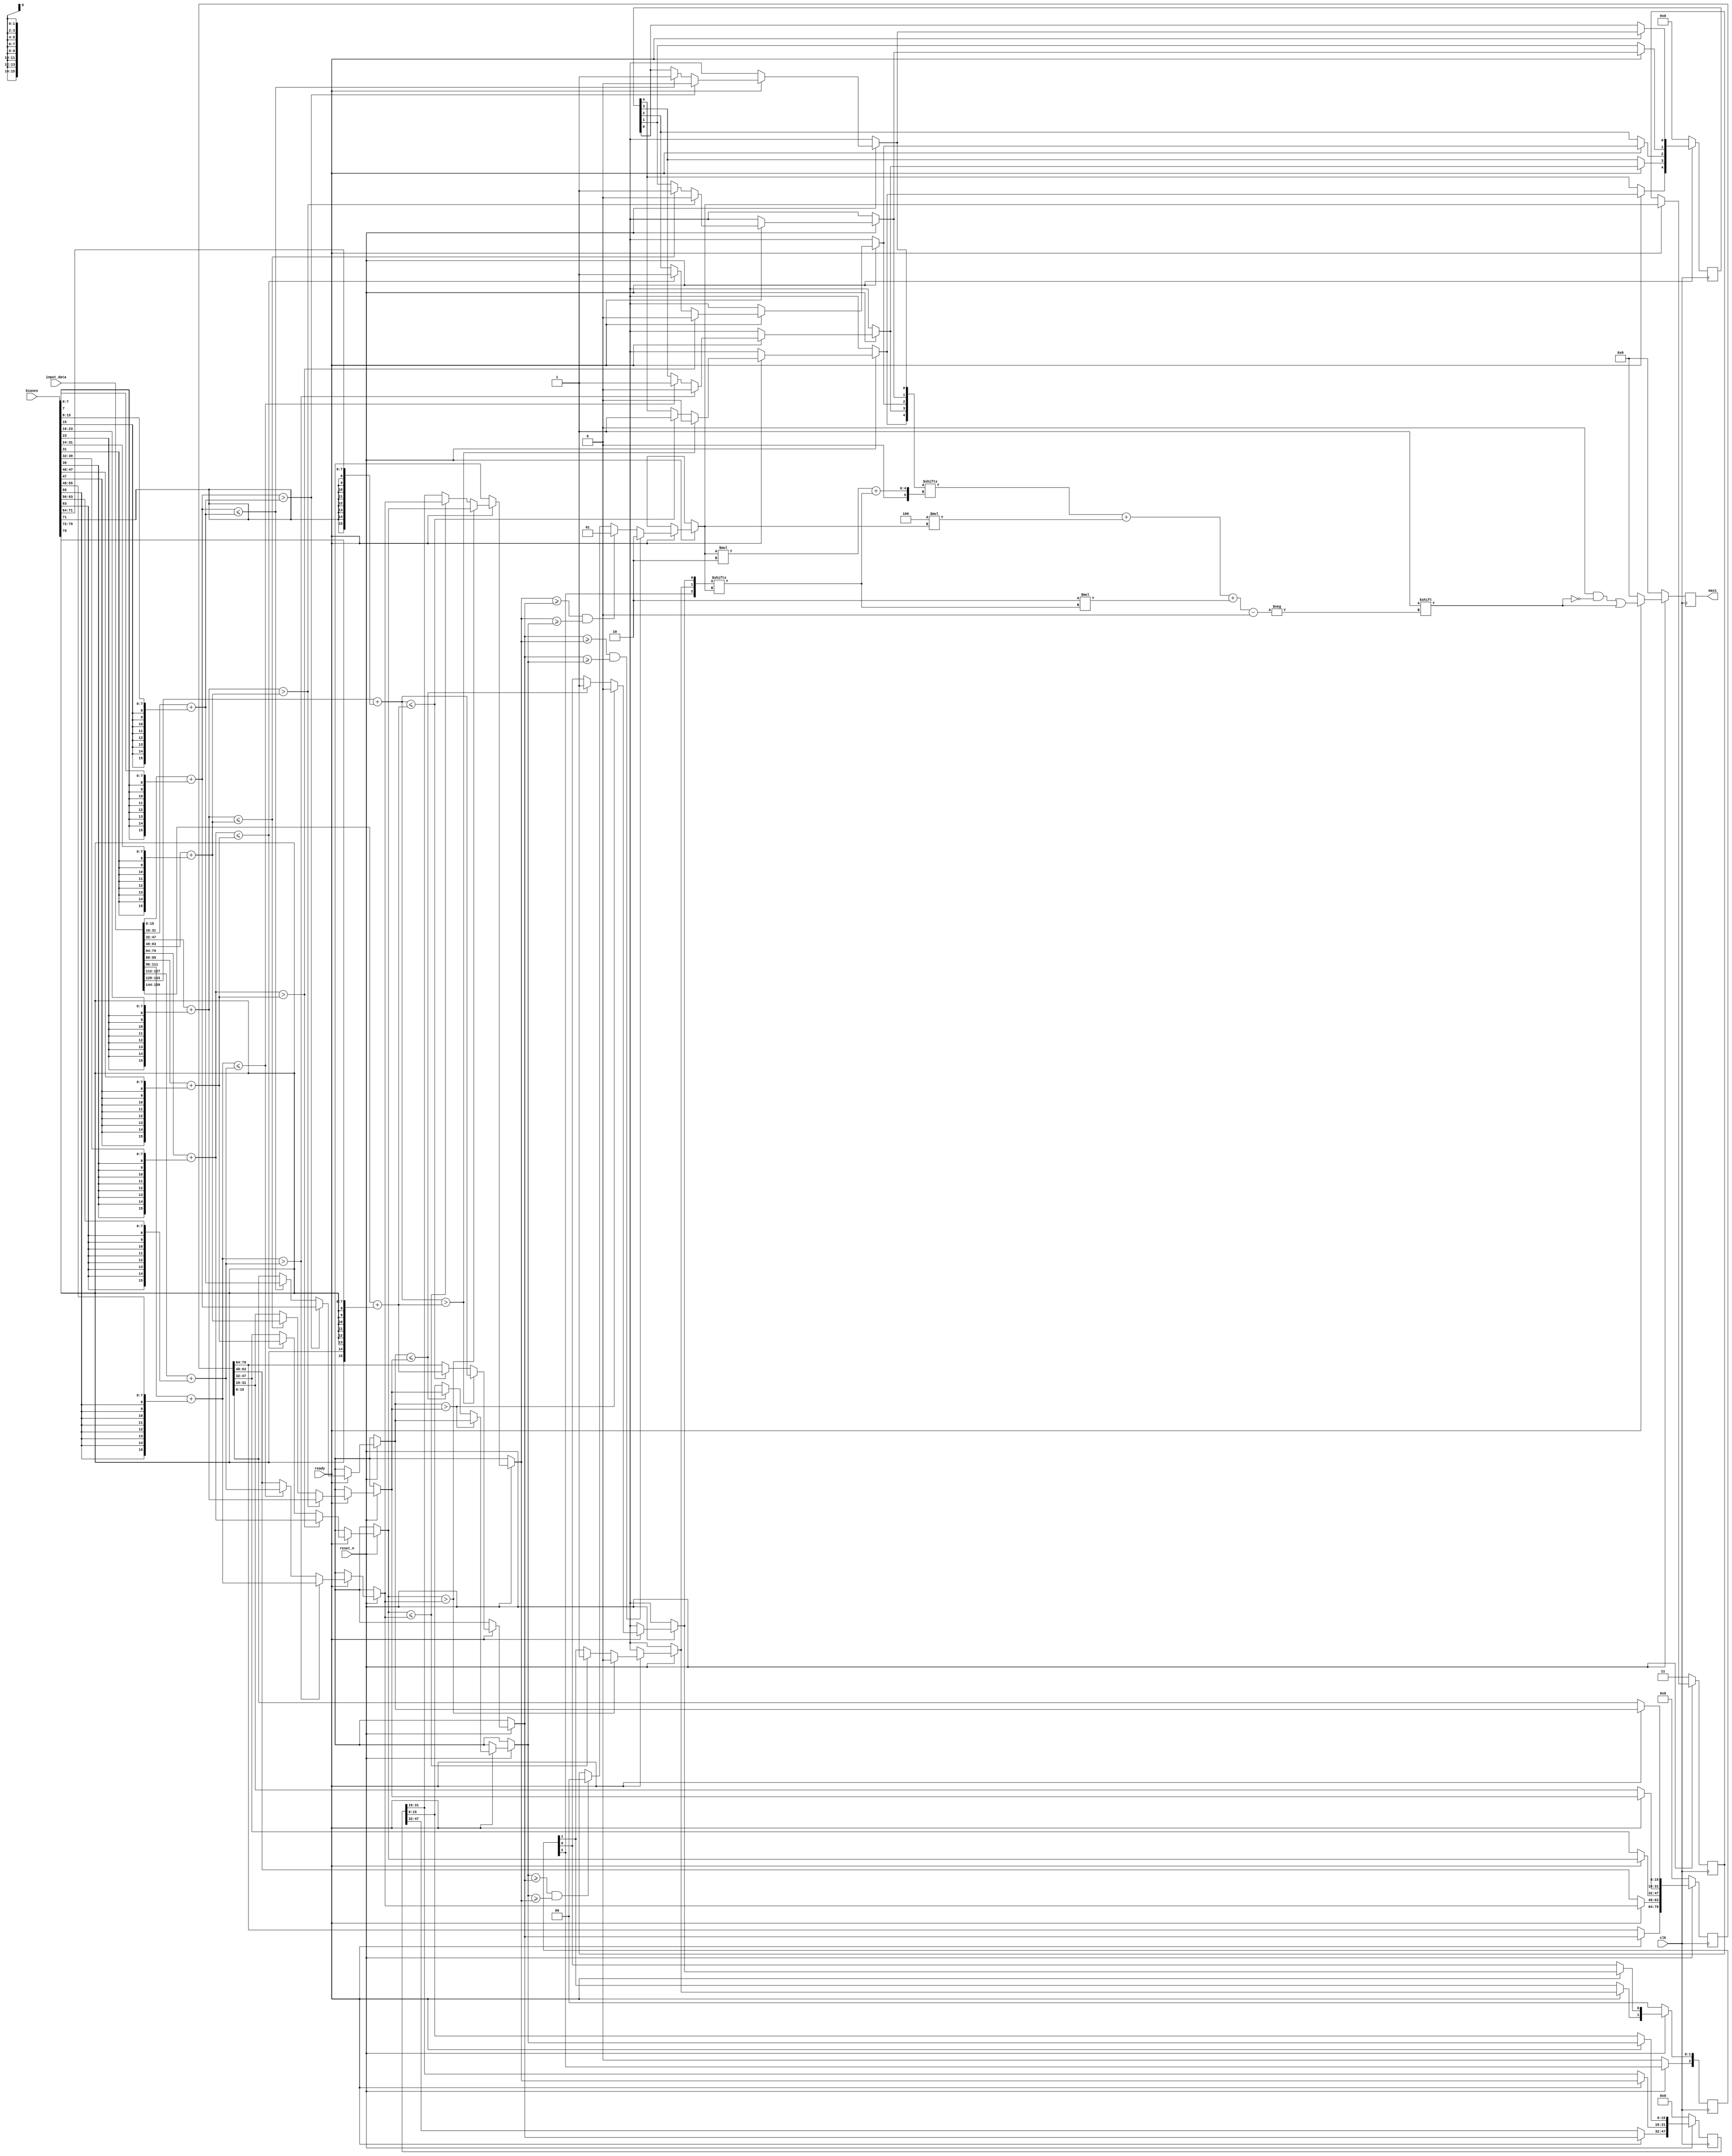
module sum_and_max
#(parameter DATA_WIDTH=8,
parameter LENGTH=10)
//note: this module is not fully parametrized and must be rewritten for different LENGTH
(
input clk,
input reset_n,
input ready,
input [2*DATA_WIDTH*LENGTH-1:0] input_data,
input [DATA_WIDTH*LENGTH-1:0] biases,
output reg [LENGTH-1:0] maxi
);

reg [2*DATA_WIDTH*LENGTH-1:0] input_plus_bias;
reg [DATA_WIDTH*LENGTH-1:0] half_max;
reg [2*DATA_WIDTH*3-1:0] three_max;
reg [2*DATA_WIDTH-1:0] maximum;
reg [4:0] half_max_reg; //we need those registers to infer the right index of the result
reg [2:0] three_max_reg;
reg [1:0] i_var;

integer ii, ij, ik;

always @(posedge clk)
begin
maxi = {LENGTH{1'b0}};
if (~reset_n) begin
input_plus_bias <= {2*DATA_WIDTH*LENGTH{1'b0}};
half_max <= {DATA_WIDTH*LENGTH{1'b0}};
three_max <= {2*DATA_WIDTH*3{1'b0}};
maximum <= {2*DATA_WIDTH{1'b0}};
half_max_reg <= 5'b00000;
three_max_reg <= 3'b000;
i_var <= 2'b11;
end
else if (ready) begin
    for (ii=0; ii<LENGTH; ii=ii+1) //sign-extended biases are added to sys array output
        input_plus_bias[2*DATA_WIDTH*ii +: 2*DATA_WIDTH] = $signed(input_data[2*DATA_WIDTH*ii +: 2*DATA_WIDTH])+{{DATA_WIDTH{biases[DATA_WIDTH*(ii+1)-1]}},biases[DATA_WIDTH*ii +: DATA_WIDTH]};
    for (ij=0; ij<5; ij=ij+1) begin //get 5 maxes from pairs
        if ($signed(input_plus_bias[2*DATA_WIDTH*2*ij +: 2*DATA_WIDTH]) > $signed(input_plus_bias[2*DATA_WIDTH*(2*ij+1) +: 2*DATA_WIDTH])) begin
            half_max [2*DATA_WIDTH*ij +: 2*DATA_WIDTH] = input_plus_bias[2*DATA_WIDTH*2*ij +: 2*DATA_WIDTH]; 
            half_max_reg[ij] = 1'b0; end
        else if ($signed(input_plus_bias[2*DATA_WIDTH*2*ij +: 2*DATA_WIDTH]) <= $signed(input_plus_bias[2*DATA_WIDTH*(2*ij+1) +: 2*DATA_WIDTH])) begin
            half_max [2*DATA_WIDTH*ij +: 2*DATA_WIDTH] = input_plus_bias[2*DATA_WIDTH*(2*ij+1) +: 2*DATA_WIDTH]; 
            half_max_reg[ij] = 1'b1; end
    end
    for (ik=0; ik<2; ik=ik+1) begin //get 3 maxes out of 5
        if ($signed(half_max[2*DATA_WIDTH*2*ik +: 2*DATA_WIDTH]) > $signed(half_max[2*DATA_WIDTH*(2*ik+1) +: 2*DATA_WIDTH])) begin
            three_max [2*DATA_WIDTH*ik +: 2*DATA_WIDTH] = half_max[2*DATA_WIDTH*2*ik +: 2*DATA_WIDTH]; 
            three_max_reg[ik] = 1'b0; end
        else if ($signed(half_max[2*DATA_WIDTH*2*ik +: 2*DATA_WIDTH]) <= $signed(half_max[2*DATA_WIDTH*(2*ik+1) +: 2*DATA_WIDTH])) begin
            three_max [2*DATA_WIDTH*ik +: 2*DATA_WIDTH] = half_max[2*DATA_WIDTH*(2*ik+1) +: 2*DATA_WIDTH];
            three_max_reg[ik] = 1'b1; end
    end
    three_max[2*DATA_WIDTH*3-1:2*DATA_WIDTH*2] = half_max[DATA_WIDTH*LENGTH-1:2*DATA_WIDTH*4]; //next module is 3-input max
    if ($signed((three_max[2*DATA_WIDTH*3-1:2*DATA_WIDTH*2] >= three_max[2*DATA_WIDTH*2-1:2*DATA_WIDTH])) && $signed((three_max[2*DATA_WIDTH*3-1:2*DATA_WIDTH*2] >= three_max[2*DATA_WIDTH-1:0]))) begin
        maximum = three_max[2*DATA_WIDTH*3-1:2*DATA_WIDTH*2]; i_var = 2'd2; end
    else if ($signed((three_max[2*DATA_WIDTH*2-1:2*DATA_WIDTH] >= three_max[2*DATA_WIDTH*3-1:2*DATA_WIDTH*2])) && $signed((three_max[2*DATA_WIDTH*2-1:2*DATA_WIDTH] >= three_max[2*DATA_WIDTH-1:0]))) begin
        maximum = three_max[2*DATA_WIDTH*2-1:2*DATA_WIDTH]; i_var = 2'd1; end
    else if ($signed((three_max[2*DATA_WIDTH-1:0] >= three_max[2*DATA_WIDTH*3-1:2*DATA_WIDTH*2])) && $signed((three_max[2*DATA_WIDTH-1:0] >= three_max[2*DATA_WIDTH*2-1:2*DATA_WIDTH]))) begin 
        maximum = three_max[2*DATA_WIDTH-1:0]; i_var = 2'd0; end
    maxi[half_max_reg[i_var*2+three_max_reg[i_var]]+4*i_var+2*three_max_reg[i_var]] = 1'b1;
end
end

endmodule